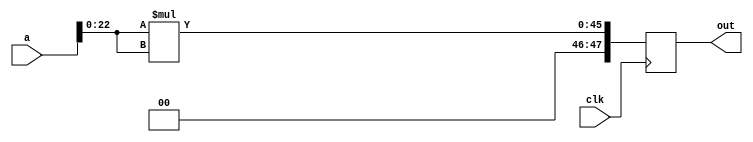
`timescale 1ns / 1ps
//////////////////////////////////////////////////////////////////////////////////
// Company: 
// Engineer: 
// 
// Design Name: 
// Module Name: power
// Project Name: 
// Target Devices: 
// Tool Versions: 
// Description: 
// 
// Dependencies: 
// 
// Revision:
// Revision 0.01 - File Created
// Additional Comments:
// 
//////////////////////////////////////////////////////////////////////////////////


module power(
input clk,input [23:0]a,output reg[47:0]out
    );
always @(posedge clk)begin
 out<=a[22:0]*a[22:0];
end   
endmodule